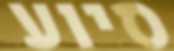
סיוע